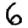
Digit: 6